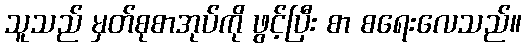
သူသည် မှတ်စုစာအုပ်ကို ဖွင့်ပြီး စာ စရေးလေသည်။